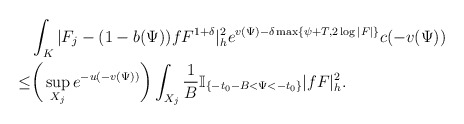
\begin{align*}&\int_K|F_{j}-(1-b(\Psi))fF^{1+\delta}|_{h}^2e^{v(\Psi)-\delta \max\{\psi+T,2\log|F|\}}c(-v(\Psi))\\\le&\bigg(\sup_{X_j}e^{-u(-v(\Psi))}\bigg)\int_{X_j}\frac{1}{B}\mathbb{I}_{\{-t_0-B<\Psi<-t_0\}} |fF|^2_h.\end{align*}